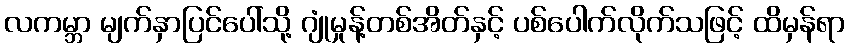
လကမ္ဘာ မျက်နှာပြင်ပေါ်သို့ ဂျုံမှုန့်တစ်အိတ်နှင့် ပစ်ပေါက်လိုက်သဖြင့် ထိမှန်ရာ